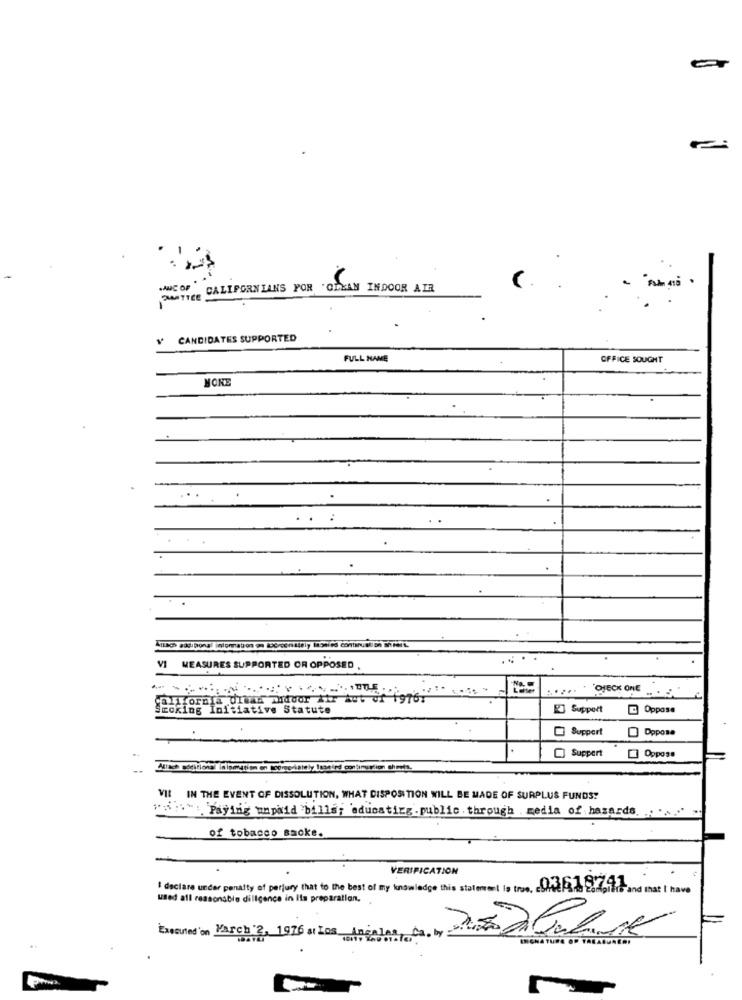
PANTTRE CALIFORNIANS POR OLEAN INDOOR AIR
CANDIDATES SUPPORTED
FULL NAME
OFFICE SOUGHT
NOKE
VI
MEASURES SUPPORTED OR OPPOSED .
. DIECK ONE
Spifornia Ultad madoor Air but of 1976.
Smoking Initiative Statute
Support
Oppose
Support
Oppose
Support
Oppose
VIt IN THE EVENT OF DISSOLUTION, WHAT DISPOSITION WILL BE MADE OF SURPLUS FUNDS?
"w": 'Paying unpaid 'bills; 'educating .public. through media of hazards. ....... "
of tobacco Backe.
VERIFICATION
I declare under penalty of perjury that to the best of my knowledge this statement is tron, asider Sinde compitier and mat I have
used all reasonable diligence in Its preparation.
1. by
Executed'on March 2, 1976 a Los Ang